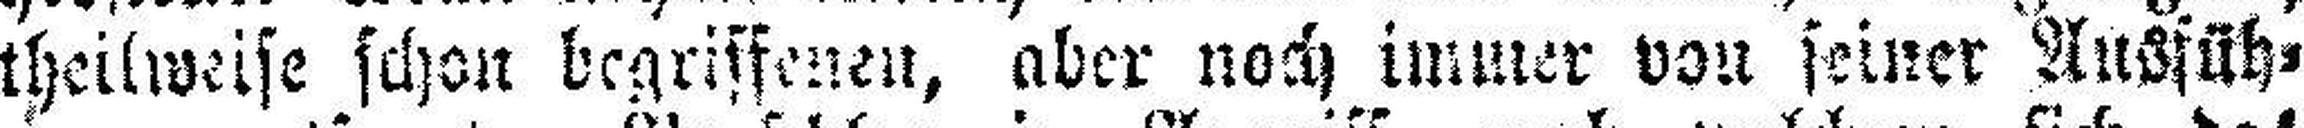
theilweise schon begriffenen, aber noch immer von seiner Ausfüh¬